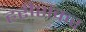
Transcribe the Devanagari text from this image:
हरीशंकर